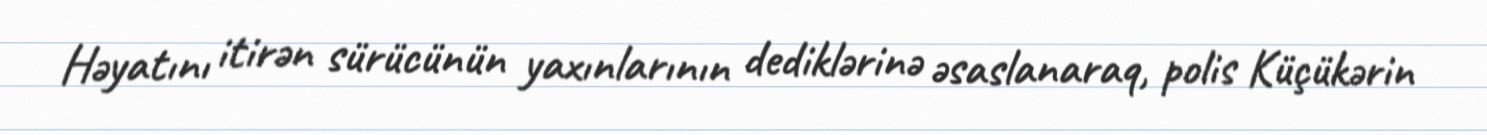
Həyatını itirən sürücünün yaxınlarının dediklərinə əsaslanaraq, polis Küçükərin